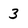
Character: 3